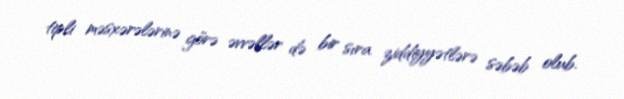
tipli məsxərələrinə görə əvvəllər də bir sıra ziddiyyətlərə səbəb olub.